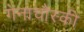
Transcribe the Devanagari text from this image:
गेनाचौस्की